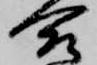
合